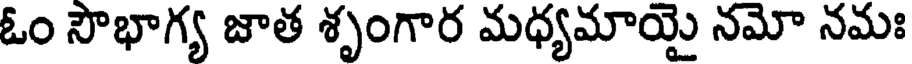
ఓం సౌభాగ్య జాత శృంగార మధ్యమాయై నమో నమః